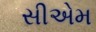
સીએમ